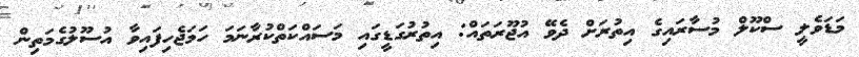
މަޑަވެލީ ސްކޫލް މުސާރައިގެ އިތުރަށް ދެވޭ އުޖޫރަތައް: އިތުރުގަޑީގައި މަސައްކަތްކުރާނަމަ ހަމަޖެހިފައިވާ އުސޫލުގެމަތިން